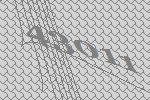
43011